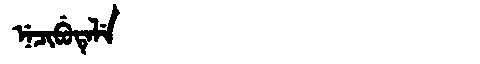
Manchu: ᠨᡝᠴᡳᠪᡠᡨᡝᠯᡝ
Romanization: NECIBUTELE